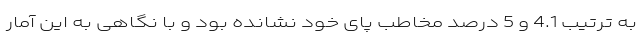
به ترتیب 4.1 و 5 درصد مخاطب پای خود نشانده بود و با نگاهی به این آمار